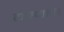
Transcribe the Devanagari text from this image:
टाक्यातलं